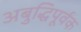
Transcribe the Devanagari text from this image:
अबुद्धिपूर्वक